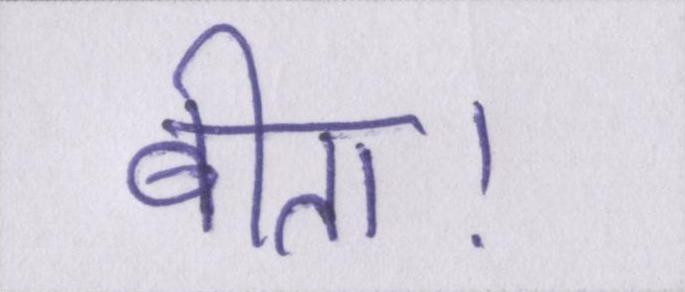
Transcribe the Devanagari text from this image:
बीता।